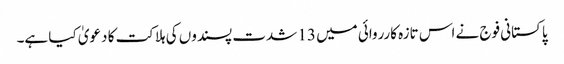
پاکستانی فوج نے اس تازہ کارروائی میں 13 شدت پسندوں کی ہلاکت کا دعویٰ کیا ہے۔